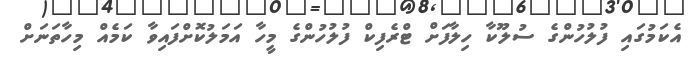
އެކަމުގައި ފުލުހުންގެ ސުލޫކާ ހިލާފަށް ޓްރެފިކް ފުލުހުންގެ މީހާ އަމަލުކޮށްފައިވާ ކަމެއް މިހާތަނަށް